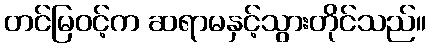
တင်မြဝင့်က ဆရာမနှင့်သွားတိုင်သည်။